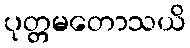
ပုတ္တမတောသယိ